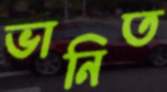
ভানিত